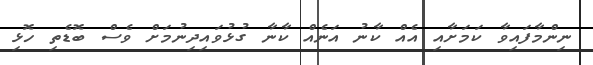
ނިންމާފައިވާ ކަމަށާއި އެއް ކާނު އަނެއް ކާނާ ގުޅުވައިދިނުމަށް ވެސް ބޮޑެތި ހޮޅި